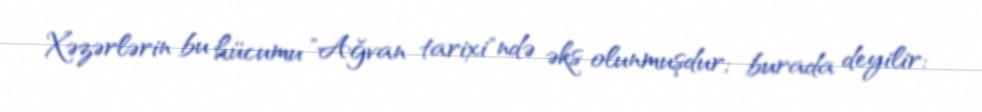
Xəzərlərin bu hücumu "Ağvan tarixi"ndə əks olunmuşdur; burada deyilir: